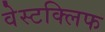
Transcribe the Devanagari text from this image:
वेस्टक्लिफ